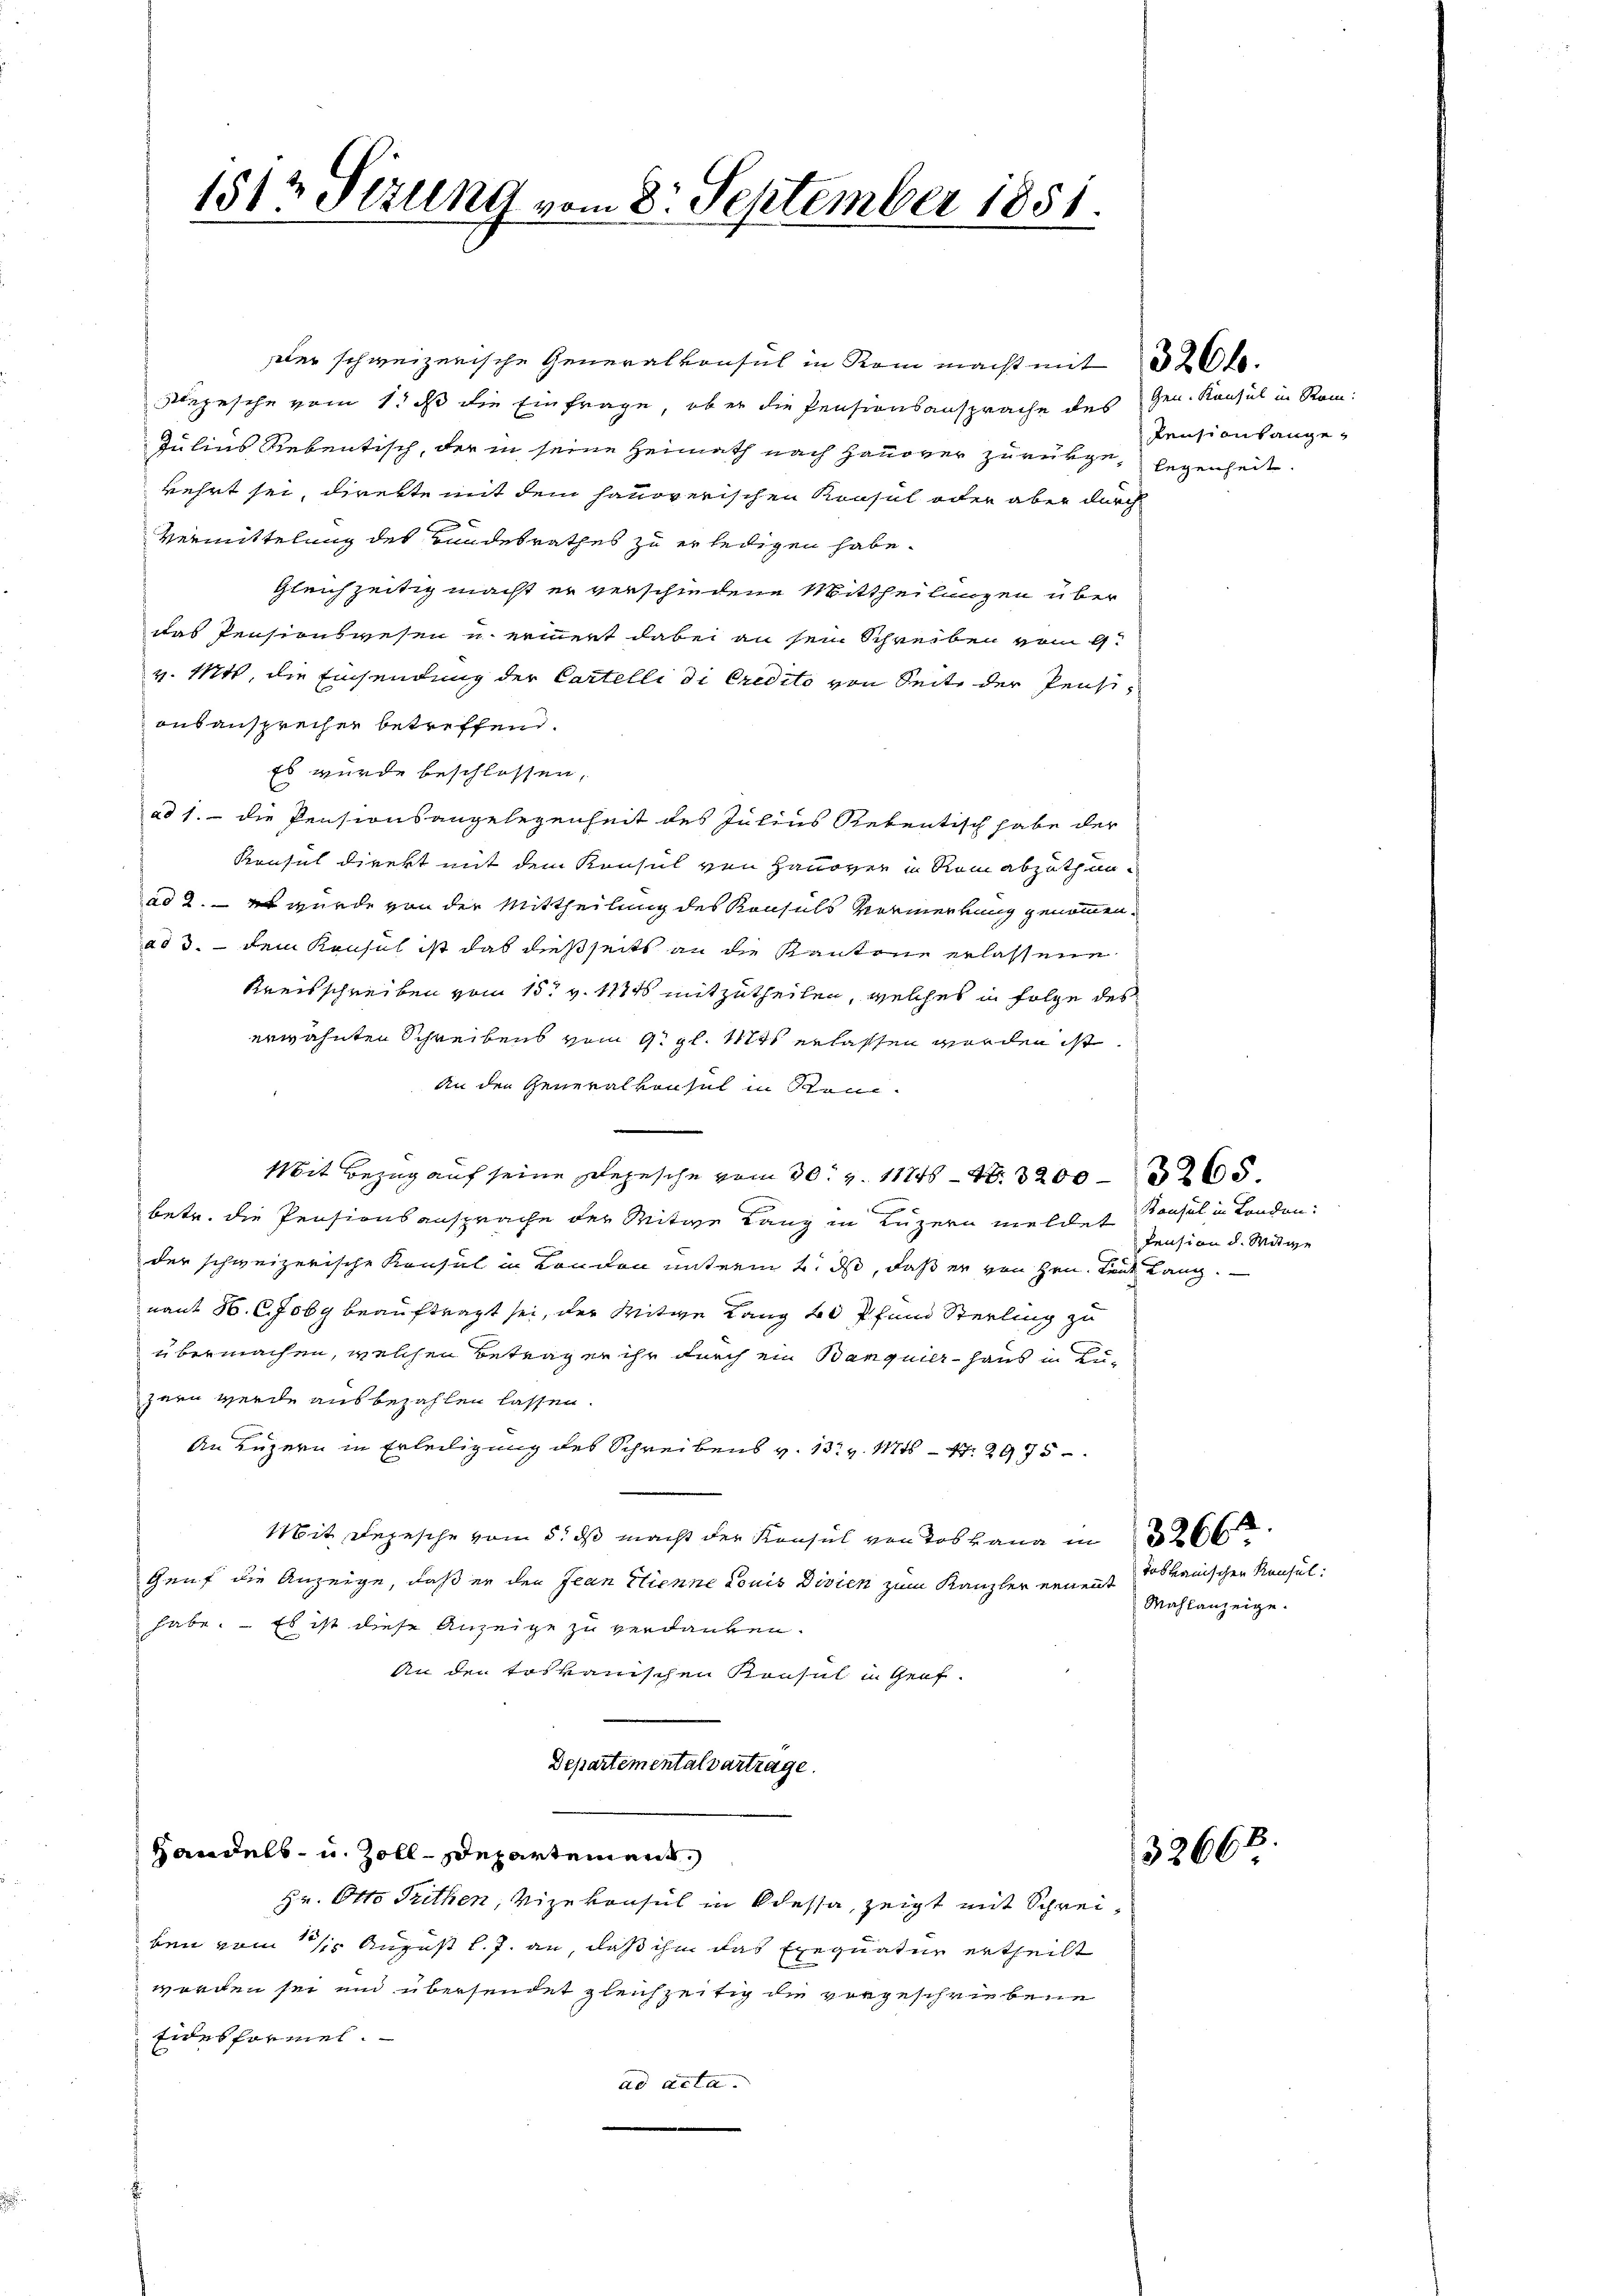
1512 Serung vom 8. September 1851.

Handels- u. Zoll-Departement,

kehrt sei, direkte mit dem hausverischen Konsul oder aber durch
Vermittelung des Bundesrathes zu erledigen habe.
gleichzeitig macht er verschiedene Mittheilungen über
das Pensionswesen u erinert dabei an sein Schreiben vom 9.
v. Mtt, die Einsendung der Cartelli di Credito von Seite der Pensiausansprecher betreffend.
Es wurde beschlossen,
ad 1. die Pensionsangelegenheit des Julius Retentisch habe der
Konsul direkt mit dem Konsul von Hanover in Rom abzuthun-
ad 2. — Es wurde von der Mittheilung des Konsuls Vormerkung genommen.
ad 3. dem Konsul ist das dießseits an die Kantone erlassene
Kreisschreiben vom 15t v. 1171 mitzutheilen, welches in Folge des
erwähnten Schreibens vom 9. gl. Mts. erlassen worden ist
An den Generalkonsul in Kon¬
Mit Bezug auf seine Depesche vom 30. v. 11774. 3200265.
betr. die Pensionsansprache der Mitwe Lanz in Luzern meldet Konsul in London
der schweizerische Konsul in Kondon unterm 2. ds, daß er von Hrn. Leide Lang.
nant H. C. Joby beauftragt sei, der Witwe Lang 20 Pfund Sterling zu
übermachen, welchen Betragen ihr durch ein Banquier Haus in Zuzern werde ausbezahlen lassen.
An Luzern in Erteiligung des Schreibens v. 13. v. Mts. – 47. 2975
Mit Depesche vom 5. ds macht der Konsul von des Lana in
Genf die Anzeige, daß er den Jean Clienne Louis Divien zum Kanzler ernent totanischen Kausulhabe. Es ist diese Anzeige zu verdanken.
An den toskanischen Konsul in Graf-
Departementalvertrage.

dter schweizerische Generalkonsul in Rom macht mit 320 f.
Depesche vom 1. ds die Einfrage, ob er die Pensionsansprache des Gen. Konsul in Ram:
Julius Rebentisch, der in seine Heimath nach Hausver zurükge, legenheit.

Hr. Otto Trithen, Vizekonsul in dessa, zeigt mit Schreiben vom 15 August l. J. an, daß ihm das Exequatur ertheilt
worden sei und übersendet gleichzeitig die vorgeschriebene
Eides formel.
ad acta.

Pensionsange¬

Pension d. Witwe

Mahlanzeige.

8.
3266